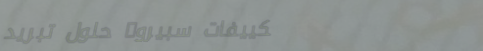
تكييفات سبيرو: حلول تبريد